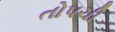
તોપચી